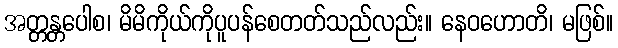
အတ္တန္တပေါစ၊ မိမိကိုယ်ကိုပူပန်စေတတ်သည်လည်း။ နေဝဟောတိ၊ မဖြစ်။